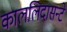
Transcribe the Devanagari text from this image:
काललिदासन्टे